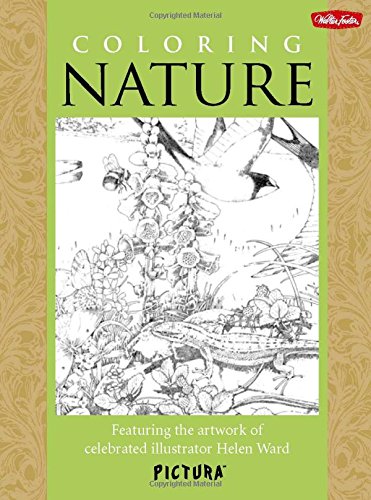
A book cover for Coloring Nature: Featuring the artwork of celebrated illustrator Helen Ward (PicturaTM); Helen Ward; Arts & Photography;